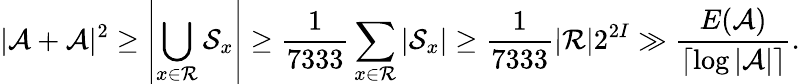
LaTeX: |\mathcal{A}+\mathcal{A}|^{2}\geq\left|\bigcup_{x\in\mathcal{R}}\mathcal{S}_{x}\right|\geq\frac{1}{7333}\sum_{x\in\mathcal{R}}\left|\mathcal{S}_{x}\right|\geq\frac{1}{7333}|\mathcal{R}|2^{2I}\gg\frac{E(\mathcal{A})}{\lceil\log|\mathcal{A}|\rceil}.